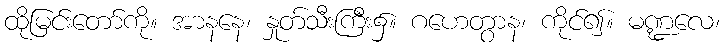
ထိုမြင်းတော်ကို။ အာနနေ၊ နှုတ်သီးကြီး၌။ ဂဟေတွာန၊ ကိုင်၍။ မဏ္ဍလေ၊